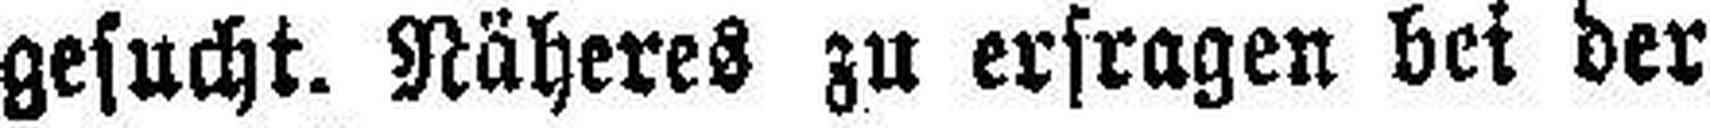
gesucht. Näheres zu erfragen bei der